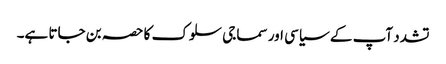
تشدد آپ کے سیاسی اور سماجی سلوک کا حصہ بن جاتا ہے۔